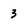
Character: 3